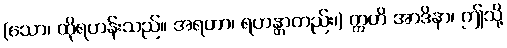
(သော၊ ထိုရဟန်းသည်။ အရဟာ၊ ရဟန္တာတည်း၊) ဣတိ အာဒိနာ၊ ဤသို့